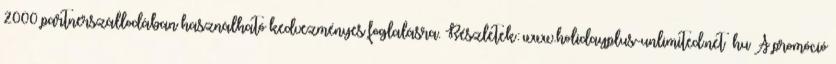
2000 partnerszállodában használható kedvezményes foglalásra. Részletek: www.holidayplus-unlimited.net hu A promóció